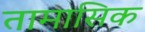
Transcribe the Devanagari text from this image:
तामासिक